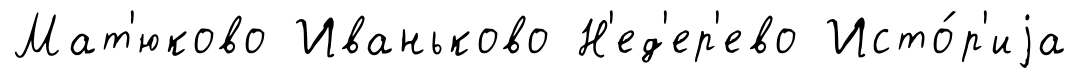
Мат'юково Иваньково Н'ед'ер'ево Исто́р'иjа